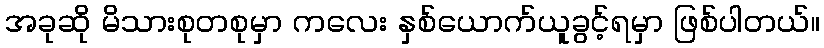
အခုဆို မိသားစုတစုမှာ ကလေး နှစ်ယောက်ယူခွင့်ရမှာ ဖြစ်ပါတယ်။